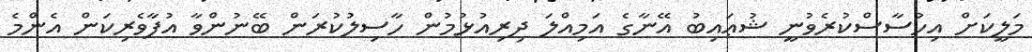
މަލީކަށް އިހުސާސްކުރެވުނީ ޝުޢައިބު އޭނާގެ އަމިއްލަ ދިރިއުޅުމުން ހާސިލުކުރަން ބޭނުންވާ އުފާވެރިކަން އެންމެ